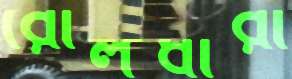
রোলধারী